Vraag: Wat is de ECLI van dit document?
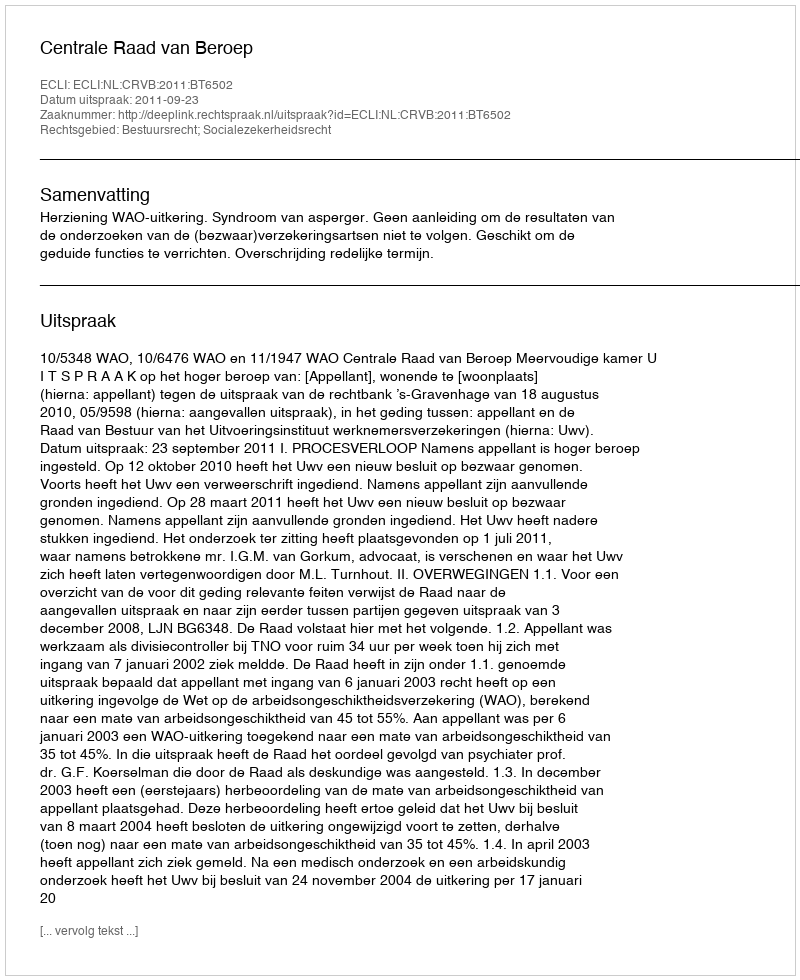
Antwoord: ECLI:NL:CRVB:2011:BT6502